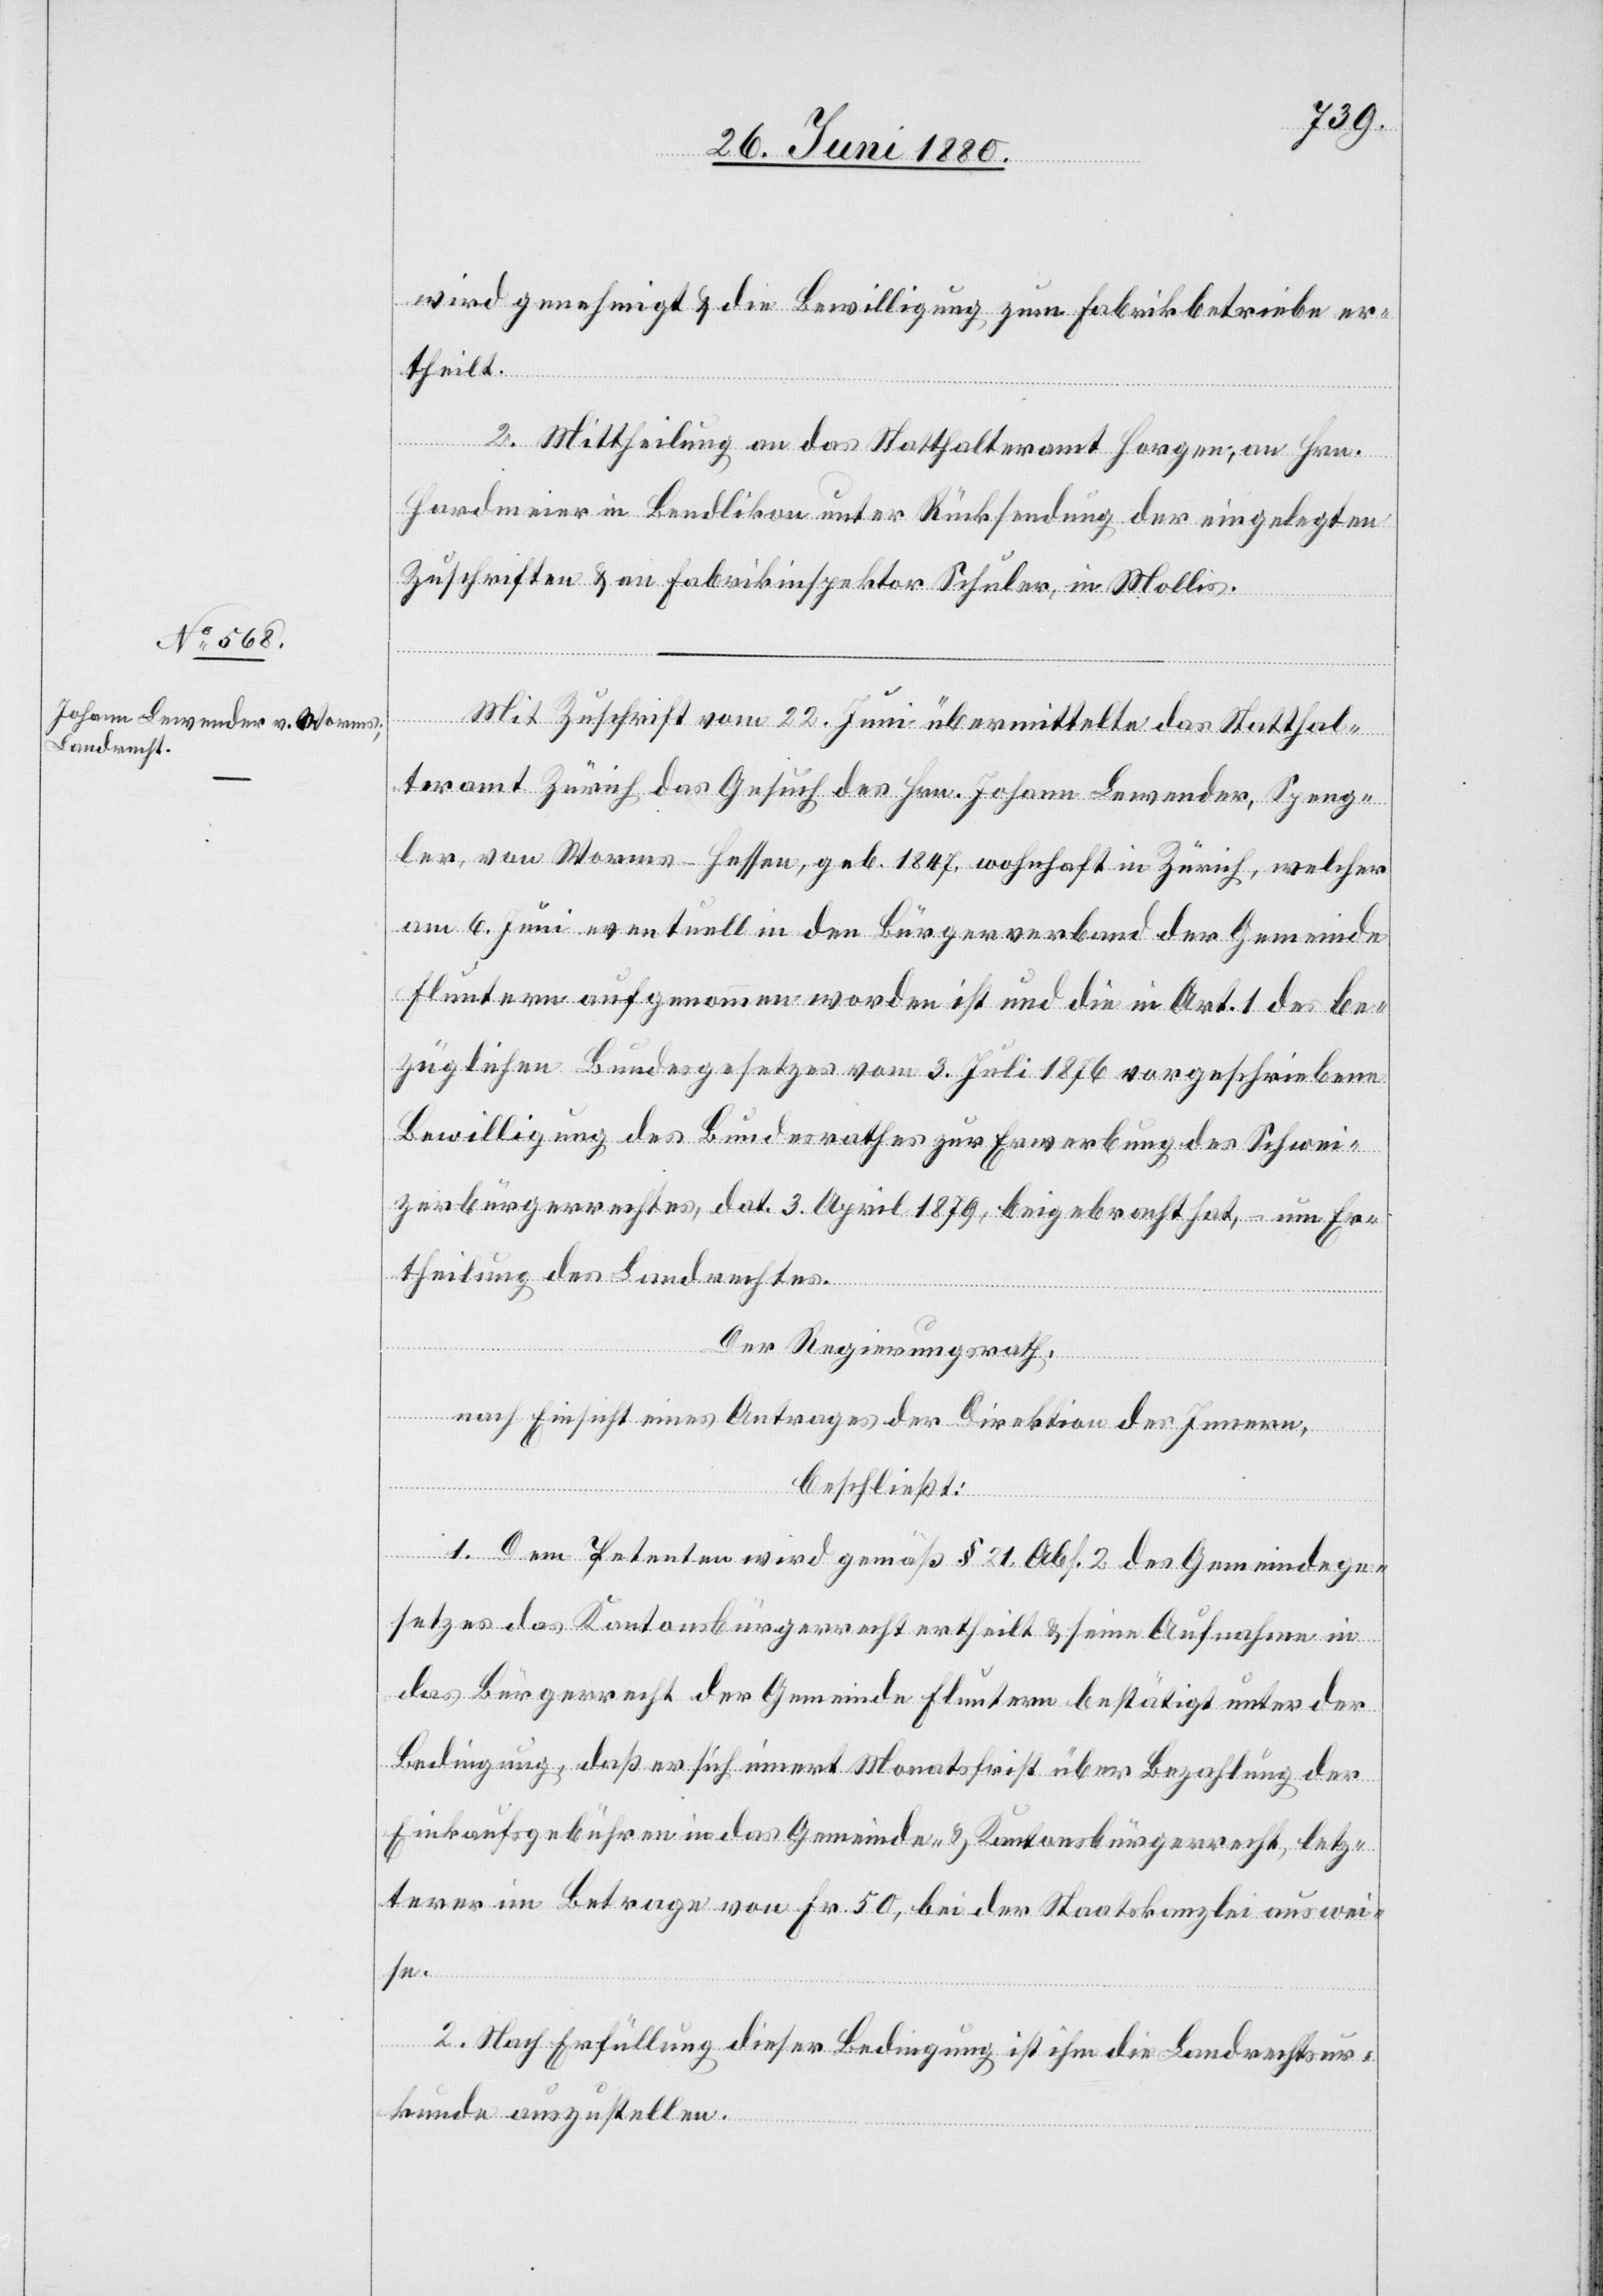
wird genehmigt & die Bewilligung zum Fabrikbetriebe er¬
theilt.
2. Mittheilung an das Statthalteramt Horgen, an Hrn.
Hardmeier in Bendlikon unter Rücksendung der eingelegten
Zuschriften & an Fabrikinspektor Schuler, in Mollis.
Mit Zuschrift vom 22. Juni übermittelte das Statthal¬
teramt Zürich das Gesuch des Hrn. Johann Lewender, Speng¬
ler, von Worms - Hessen, geb. 1847, wohnhaft in Zürich, welcher
am 6. Juni eventuell in den Bürgerverband der Gemeinde
Fluntern aufgenommen worden ist und die in Art. 1 des be¬
züglichen Bundesgesetzes vom 3. Juli 1876 vorgeschriebene
Bewilligung des Bundesrathes zur Erwerbung des Schwei¬
zerbürgerrechtes, dat. 3. April 1879, beigebracht hat, – um Er¬
theilung des Landrechtes.
Der Regierungsrath,
nach Einsicht eines Antrages der Direktion des Innern,
beschließt:
1. Dem Petenten wird gemäß § 21, Abs. 2 des Gemeindege¬
setzes das Kantonsbürgerrecht ertheilt & seine Aufnahme in
das Bürgerrecht der Gemeinde Fluntern bestätigt unter der
Bedingung, daß er sich innert Monatsfrist über Bezahlung der
Einkaufsgebühren in das Gemeinde- & Kantonsbürgerrecht, letz¬
terer im Betrage von Fr. 50, bei der Staatskanzlei auswei¬
se.
2. Nach Erfüllung dieser Bedingung ist ihm die Landrechtsur¬
kunde auszustellen.